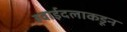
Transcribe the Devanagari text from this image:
हवाईदलाकडून